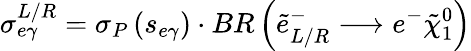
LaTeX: \sigma_{e\gamma}^{L/R}=\sigma_{P}\left(s_{e\gamma}\right)\cdot BR\left(\tilde{e}_{L/R}^{-}\longrightarrow e^{-}\tilde{\chi}_{1}^{0}\right)